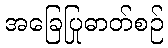
အခြေပြုဓာတ်စဉ်